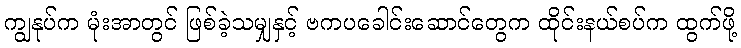
ကျွနုပ်က မုံးအာတွင် ဖြစ်ခဲ့သမျှနှင့် ဗကပခေါင်းဆောင်တွေက ထိုင်းနယ်စပ်က ထွက်ဖို့